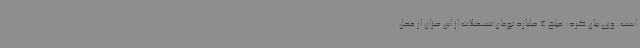
است. وی بیان کرد: مبلغ 4 میلیارد تومان تسهیلات از این میزان از محل